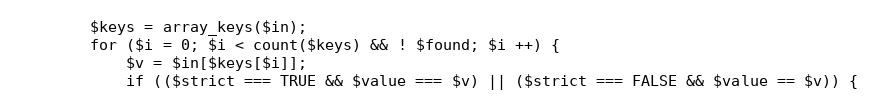
Language: PHP
        $keys = array_keys($in);
        for ($i = 0; $i < count($keys) && ! $found; $i ++) {
            $v = $in[$keys[$i]];
            if (($strict === TRUE && $value === $v) || ($strict === FALSE && $value == $v)) {